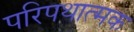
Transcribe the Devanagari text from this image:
परिपथात्मक